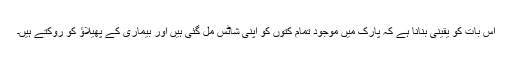
اس بات کو یقینی بنانا ہے کہ پارک میں موجود تمام کتوں کو اپنی شاٹس مل گئی ہیں اور بیماری کے پھیلاؤ کو روکتے ہیں۔